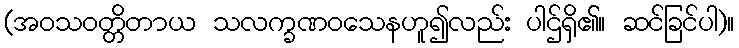
(အဝသဝတ္တိတာယ သလက္ခဏဝသေနဟူ၍လည်း ပါဌ်ရှိ၏။ ဆင်ခြင်ပါ)။